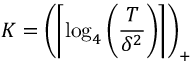
K = \left( \left\lceil \log _ { 4 } \left( \frac { T } { \delta ^ { 2 } } \right) \right\rceil \right) _ { + }